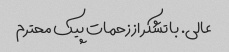
عالی. با تشکر از زحمات پیک محترم